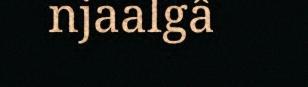
njaalgâ